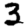
Digit: 3